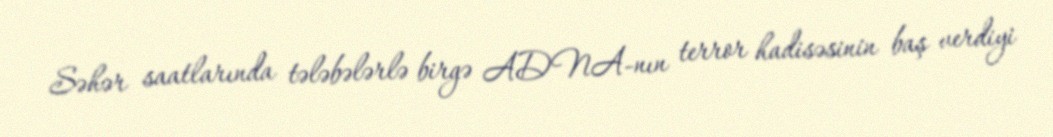
Səhər saatlarında tələbələrlə birgə ADNA-nın terror hadisəsinin baş verdiyi